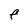
Character: F